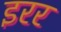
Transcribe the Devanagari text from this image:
इरर